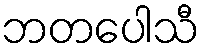
ဘတပေါသီ